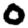
Digit: 0